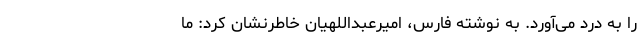
را به درد می‌آورد. به نوشته فارس، امیرعبداللهیان خاطرنشان کرد: ما